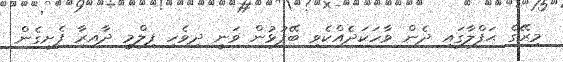
މިރޭގެ ޙަފްލާގައި ދެން ވާހަކަދެއްކެވި ބޭފުޅުން ވަނީ ދިވެހި ފިލްމީ ދާއިރާ ފެށިގެން